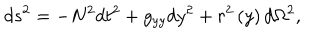
d s ^ { 2 } = - N ^ { 2 } d t ^ { 2 } + g _ { y y } d y ^ { 2 } + r ^ { 2 } \left( y \right) d \Omega ^ { 2 } ,